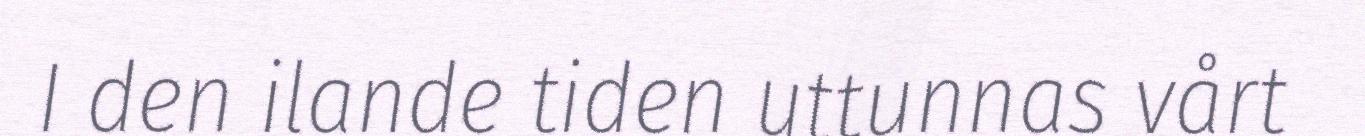
I den ilande tiden uttunnas vårt